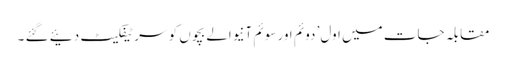
مقابلہ جات میں اول’ دوئم اور سوئم آنیوالے بچوں کو سرٹیفکیٹ دئیے گئے ۔